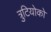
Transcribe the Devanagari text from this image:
त्रुटियोको